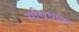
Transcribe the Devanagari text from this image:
सचिवाला